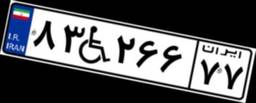
۵۰W۸۰۰۶۹